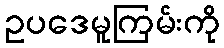
ဥပဒေမူကြမ်းကို